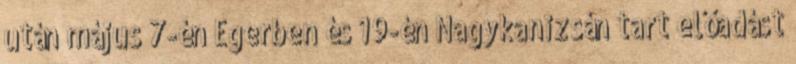
után május 7-én Egerben és 19-én Nagykanizsán tart előadást